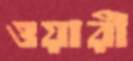
ওয়ারী